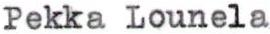
Pekka Lounela